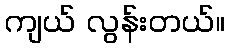
ကျယ် လွန်းတယ်။